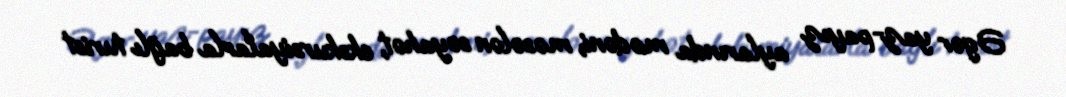
Əgər yaz-payız aylarında mədəni, məsələn səyahət, ekskursiyalarla bağlı turist